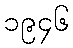
၁၉၄၆